Annual report of the Punjab Veterinary College and of the Civil Veterinary Department, Punjab - 1926-1932
Year: 1926
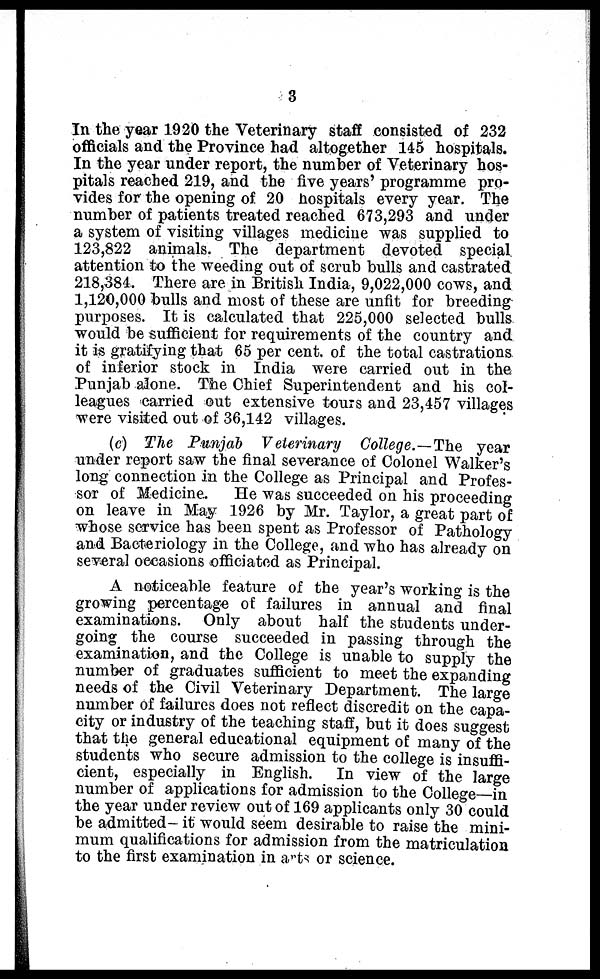
3
In the year 1920 the Veterinary staff consisted of 232
officials and the Province had altogether 145 hospitals.
In the year under report, the number of Veterinary hos-
pitals reached 219, and the five years' programme pro-
vides for the opening of 20 hospitals every year. The
number of patients treated reached 673,293 and under
a system of visiting villages medicine was supplied to
123,822 animals. The department devoted special
attention to the weeding out of scrub bulls and castrated
218,384. There are in British India, 9,022,000 cows, and
1,120,000 bulls and most of these are unfit for breeding
purposes. It is calculated that 225,000 selected bulls
would be sufficient for requirements of the country and
it is gratifying that 65 per cent. of the total castrations
of inferior stock in India were carried out in the
Punjab alone. The Chief Superintendent and his col-
leagues carried out extensive tours and 23,457 villages
were visited out of 36,142 villages.
(c) The Punjab Veterinary College.—The year
under report saw the final severance of Colonel Walker's
long connection in the College as Principal and Profes-
sor of Medicine. He was succeeded on his proceeding
on leave in May 1926 by Mr. Taylor, a great part of
whose service has been spent as Professor of Pathology
and Bacteriology in the College, and who has already on
several occasions officiated as Principal.
A noticeable feature of the year's working is the
growing percentage of failures in annual and final
examinations. Only about half the students under-
going the course succeeded in passing through the
examination, and the College is unable to supply the
number of graduates sufficient to meet the expanding
needs of the Civil Veterinary Department. The large
number of failures does not reflect discredit on the capa-
city or industry of the teaching staff, but it does suggest
that the general educational equipment of many of the
students who secure admission to the college is insuffi-
cient, especially in English. In view of the large
number of applications for admission to the College—in
the year under review out of 169 applicants only 30 could
be admitted- it would seem desirable to raise the mini-
mum qualifications for admission from the matriculation
to the first examination in arts or science.